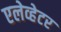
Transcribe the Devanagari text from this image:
एलेव्हेटर